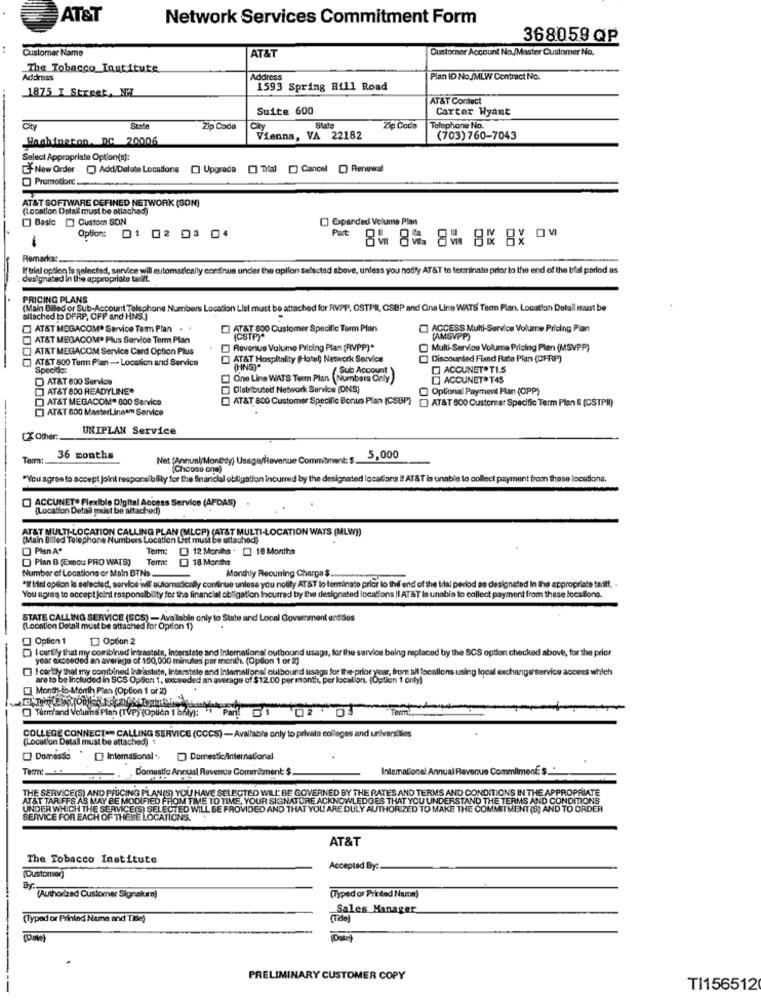
AT&T
Network Services Commitment Form
368059 QP
Customer Name
AT&T
Customner Account No./Master Customer No.
The Tobacco Institute
Address
Address
Plan ID No./MLW Contract No.
1875 I Street, NW
1593 Spring Hill Road
AT&T Contact
Suite 600
Carter Wyant
City
Zip Code
State
Zip Code
Telephone No.
Washington, DC 20006
Vienna, VA 22182
(703) 760-7043
Select Appropriate Option(s):
New Order ) Add/Delete Locations [] Upgrade [] Tral [] Cancel [) Renewal
Promotion :.....
AT&T SOFTWARE DEFINED NETWORK (SON)
(Location Datak must be alinches)
[] Basic [] Custom SON
[] Expanded Volume Pian
Part
Option: 01 02 03 04
Remarks :.
If trial option Is selected, service will automatically continue under the option selected above, unless you notify AT&T to terminate prior to the end of the trial period as
designated in the appropriate tarift.
PRICING PLANS
(Main Diled or Sub-Account Telephone Numbers Location List must be attached for RVPP, OSTPIL, GSBP and One Line WATS' Teem Plan. Location Detail must be
allached to DPRP, OPP and HNS.)
AT&T MEGACOMP Service Tem Plan .
[] AT&T 800 Customer Specific Torm Plan
ACCESS Multi-Service Volume Pricing Pian
AT&T MEGACOMP Plus Service Term Plan
(CSTP)*
(AMSVPP)
AT&T MEGACOM Service Card Option Plus
Revenue Volume Pricing Plan (RVPP)*
Multi-Service Volume Pricing Plan (MSVPP)
]AT&T 800 Tem Plan- Location and Service
[] AT&T Hospitality (Hotel) Network Service
Discounted Fixed Rate Plan (DFRP)
Specido:
(HNS)"
Sub Account
ACCUNETOTI.S
AT&T 800 Service
Cine Line WATS Term Plan (Numbers Only
ACCUNET. T45
AT&T 800 READYLINE*
Distributed Network Service (ONS)
Optional Payment Man (OPP)
AT&T MEGACOM* 800 Service
AT&T 800 Customer Specific Bonus Plan (CSBP) [] AT&T 500 Customer Specific Term Plan # (CSTPI)
[] AT&T 800 MasterLingu Service
UNIPLAN Service
CX Other:
Term:
36 months
Net (Annunl/Monthdy) Usage/how
nue Commitment: $
5,000
Choose one)
"You agree to accept joint responsibility for the financial obligation incurred by the designated locations il AT &T is unable to collect payment from these locations.
ACCUNET* Flexible Digital Access Service (APDAS)
(Location Detal must be attached)
AT&T MULTI-LOCATION CALLING PLAN (MLCP) (AT&T MULTI-LOCATION WATS (MLW))
(Main Bitted Telephone
bers Location Liot must be attached)
Plan A*
Term:
12 Months . [ 18 Months
Plan B (Execu PRO WATS)
Terme
] 18 Months
Number of Locations or Main BTNs.
Monthly Recurring Charge $
*If tiel option is selected, service will automatically continue unless you notify AT&T to terminate prior to the end of the tal perlod as designated In the appropriate tariff.
You agree to accept joint responsibility for the financial obligation Incurred by the designated locations Il AT&T Is unable to collect payment from these locallons.
STATE CALLING SERVICE (SCS) - Available only to State and Local Government entities
(Location Detail must be attached for Option 1)
Option 1
Option 2
I canfly that my combined intrastate, Interstate and International outbound usage, for the service being replaced by the SCS option checked above, for the prior
year exceeded an average of -150,000 minutes per month. (Option 1 or 2)
] I certify that my combined Intrastate, Interstate and Intemalions! outbound usage for the-prior year, from a/l focalions using local exchange service access which
are to be Included in SCS OpSon 1, exceeded an average of $12.00 per month, per local on. (Option 1 only)
Month in Month Plan (Option 1 or 2)
OTeemland Volume Plan (TVP) (Oplión 1 only): ) Parl. 1 02 03
Term
COLLEGE CONNECT == CALLING SERVICE (CCCS) - Available only to privata colleges and universities
(Location Detall must be attached) 1
Domasse
Intemasional .. ) Domestic/International
Domestic Annual Ravende Commitment: $.
Intemallonal Annual Revenue CommitmentE $ _*
THE SERVICE(S) AND PRICING PLAN(S) YOU HAVE SELECTED WILL BE GOVERNED BY THE RATES AND TERMS AND CONDITIONS IN THE APPROPRIATE
AT&T TAR FFS AS MAY BE MODIFIED FROM TIME TO TIME, YOUR SIGNATURE ACKNOWLEDGES THAT YOU UNDERSTAND THE TERMS AND CONDITIONS
UNDER WHICH THE SERVICE(S) SELECTED WILL BE PROVIDED AND THAT YOU ARE DULY AUTHORIZED TO MAKE THE COMMITMENT(S) AND TO ORDER
SERVICE FOR EACH OF THESE LOCATIONS.
AT&T
The Tobacco Institute
(Customer)
Accepted By:
By
{Authorized Customer Sigrakrn)
(Typed or Printed Name)
Sales Manager
(Typed or Printed Name and Tile)
(Tile)
PRELIMINARY CUSTOMER COPY
TI156512